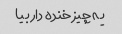
یه چیز خنده دار بیا